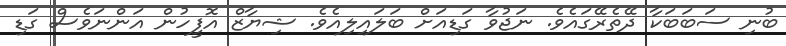
ބުނި ސަބަބަކާ ދޭތެރޭގައެވެ. ނަޖުވާ ގަޑިއަށް ބަލައިލިއެވެ. ޝިޔާޒް އޮފީހުން އަންނަވެސް ގަޑި